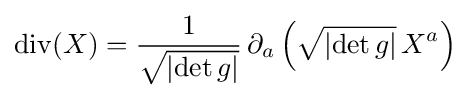
\operatorname {div} (X)={\frac {1}{\sqrt {\left|\det g\right|}}}\,\partial _{a}\left({\sqrt {\left|\det g\right|}}\,X^{a}\right)